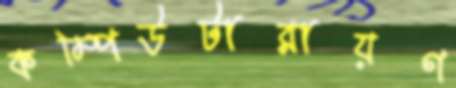
কম্পিউটারায়ণ